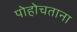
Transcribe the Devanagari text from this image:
पोहोचताना